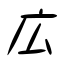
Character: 広